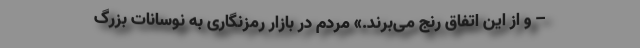
– و از این اتفاق رنج می‌برند.» مردم در بازار رمزنگاری به نوسانات بزرگ